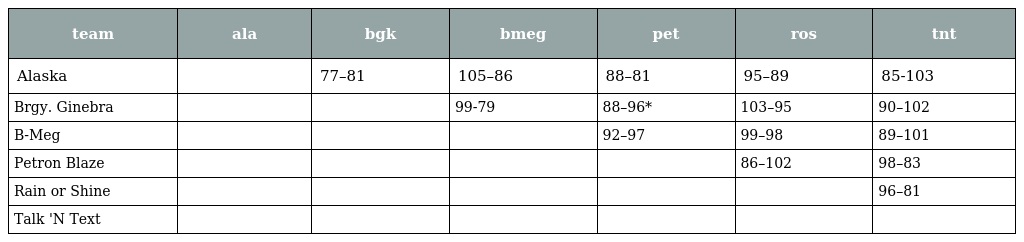
| team | ala | bgk | bmeg | pet | ros | tnt |
 | --- | --- | --- | --- | --- | --- | --- |
 | Alaska |  | 77–81 | 105–86 | 88–81 | 95–89 | 85-103 |
 | Brgy. Ginebra |  |  | 99-79 | 88–96* | 103–95 | 90–102 |
 | B-Meg |  |  |  | 92–97 | 99–98 | 89–101 |
 | Petron Blaze |  |  |  |  | 86–102 | 98–83 |
 | Rain or Shine |  |  |  |  |  | 96–81 |
 | Talk 'N Text |  |  |  |  |  |  |